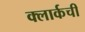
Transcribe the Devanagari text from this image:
क्‍लार्कची